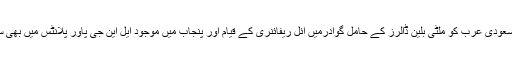
ذرائع کے مطابق پاکستان کی طرف سے سعودی عرب کو ملٹی بلین ڈالرز کے حامل گوادرمیں آئل ریفائنری کے قیام اور پنجاب میں موجود ایل این جی پاور پلانٹس میں بھی سرمایہ کاری کی پیشکش کی جا چکی ہے۔